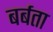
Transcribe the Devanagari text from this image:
बर्बता